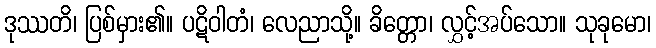
ဒုဿတိ၊ ပြစ်မှား၏။ ပဋိဝါတံ၊ လေညာသို့။ ခိတ္တော၊ လွှင့်အပ်သော။ သုခုမော၊